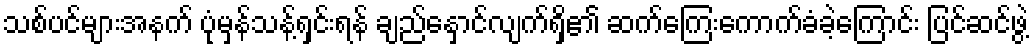
သစ်ပင်များအနက် ပုံမှန်သန့်ရှင်းရန် ချည်နှောင်လျက်ရှိ၏ ဆက်ကြေးကောက်ခံခဲ့ကြောင်း ပြင်ဆင်ဖွဲ့